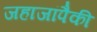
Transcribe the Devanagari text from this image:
जहाजांपैकी